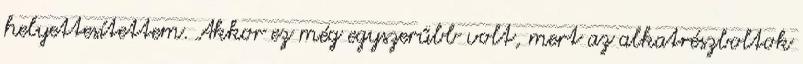
helyettesítettem. Akkor ez még egyszerűbb volt, mert az alkatrészboltok